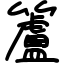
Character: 籚